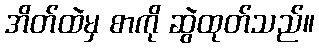
အိတ်ထဲမှ စာကို ဆွဲထုတ်သည်။